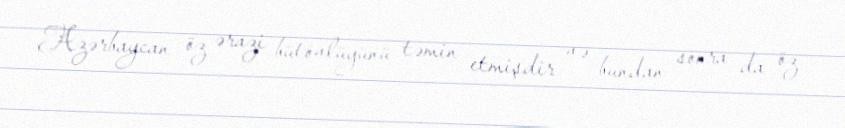
Azərbaycan öz ərazi bütövlüyünü təmin etmişdir və bundan sonra da öz